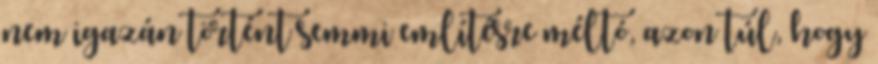
nem igazán történt semmi említésre méltó, azon túl, hogy